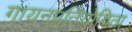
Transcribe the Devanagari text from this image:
गायनप्रतियोगिता